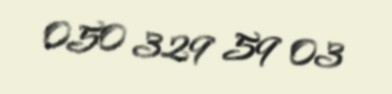
050 329 59 03